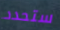
ستحدد